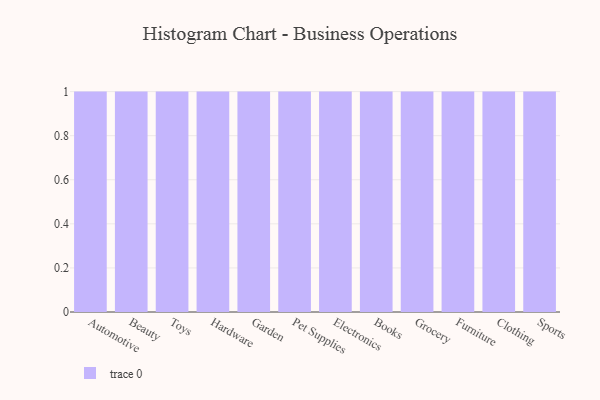
{"axis": {"x": "Category", "y": "Latency (ms)"}, "legend": [""], "data": [{"x": "Automotive", "y": 41, "type": ""}, {"x": "Beauty", "y": 46, "type": ""}, {"x": "Toys", "y": 54, "type": ""}, {"x": "Hardware", "y": 17, "type": ""}, {"x": "Garden", "y": 5, "type": ""}, {"x": "Pet Supplies", "y": 9, "type": ""}, {"x": "Electronics", "y": 49, "type": ""}, {"x": "Books", "y": 8, "type": ""}, {"x": "Grocery", "y": 49, "type": ""}, {"x": "Furniture", "y": 94, "type": ""}, {"x": "Clothing", "y": 58, "type": ""}, {"x": "Sports", "y": 71, "type": ""}]}